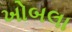
ખોબલા